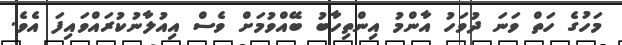
މަހުގެ ހަތް ވަނަ ދުވަހު އާންމު އިންތިހާބު ބޭއްވުމަށް ވެސް އިއުލާނުކުރައްވައިފަ އެވެ.